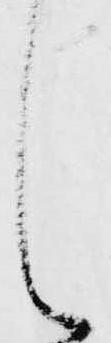
し